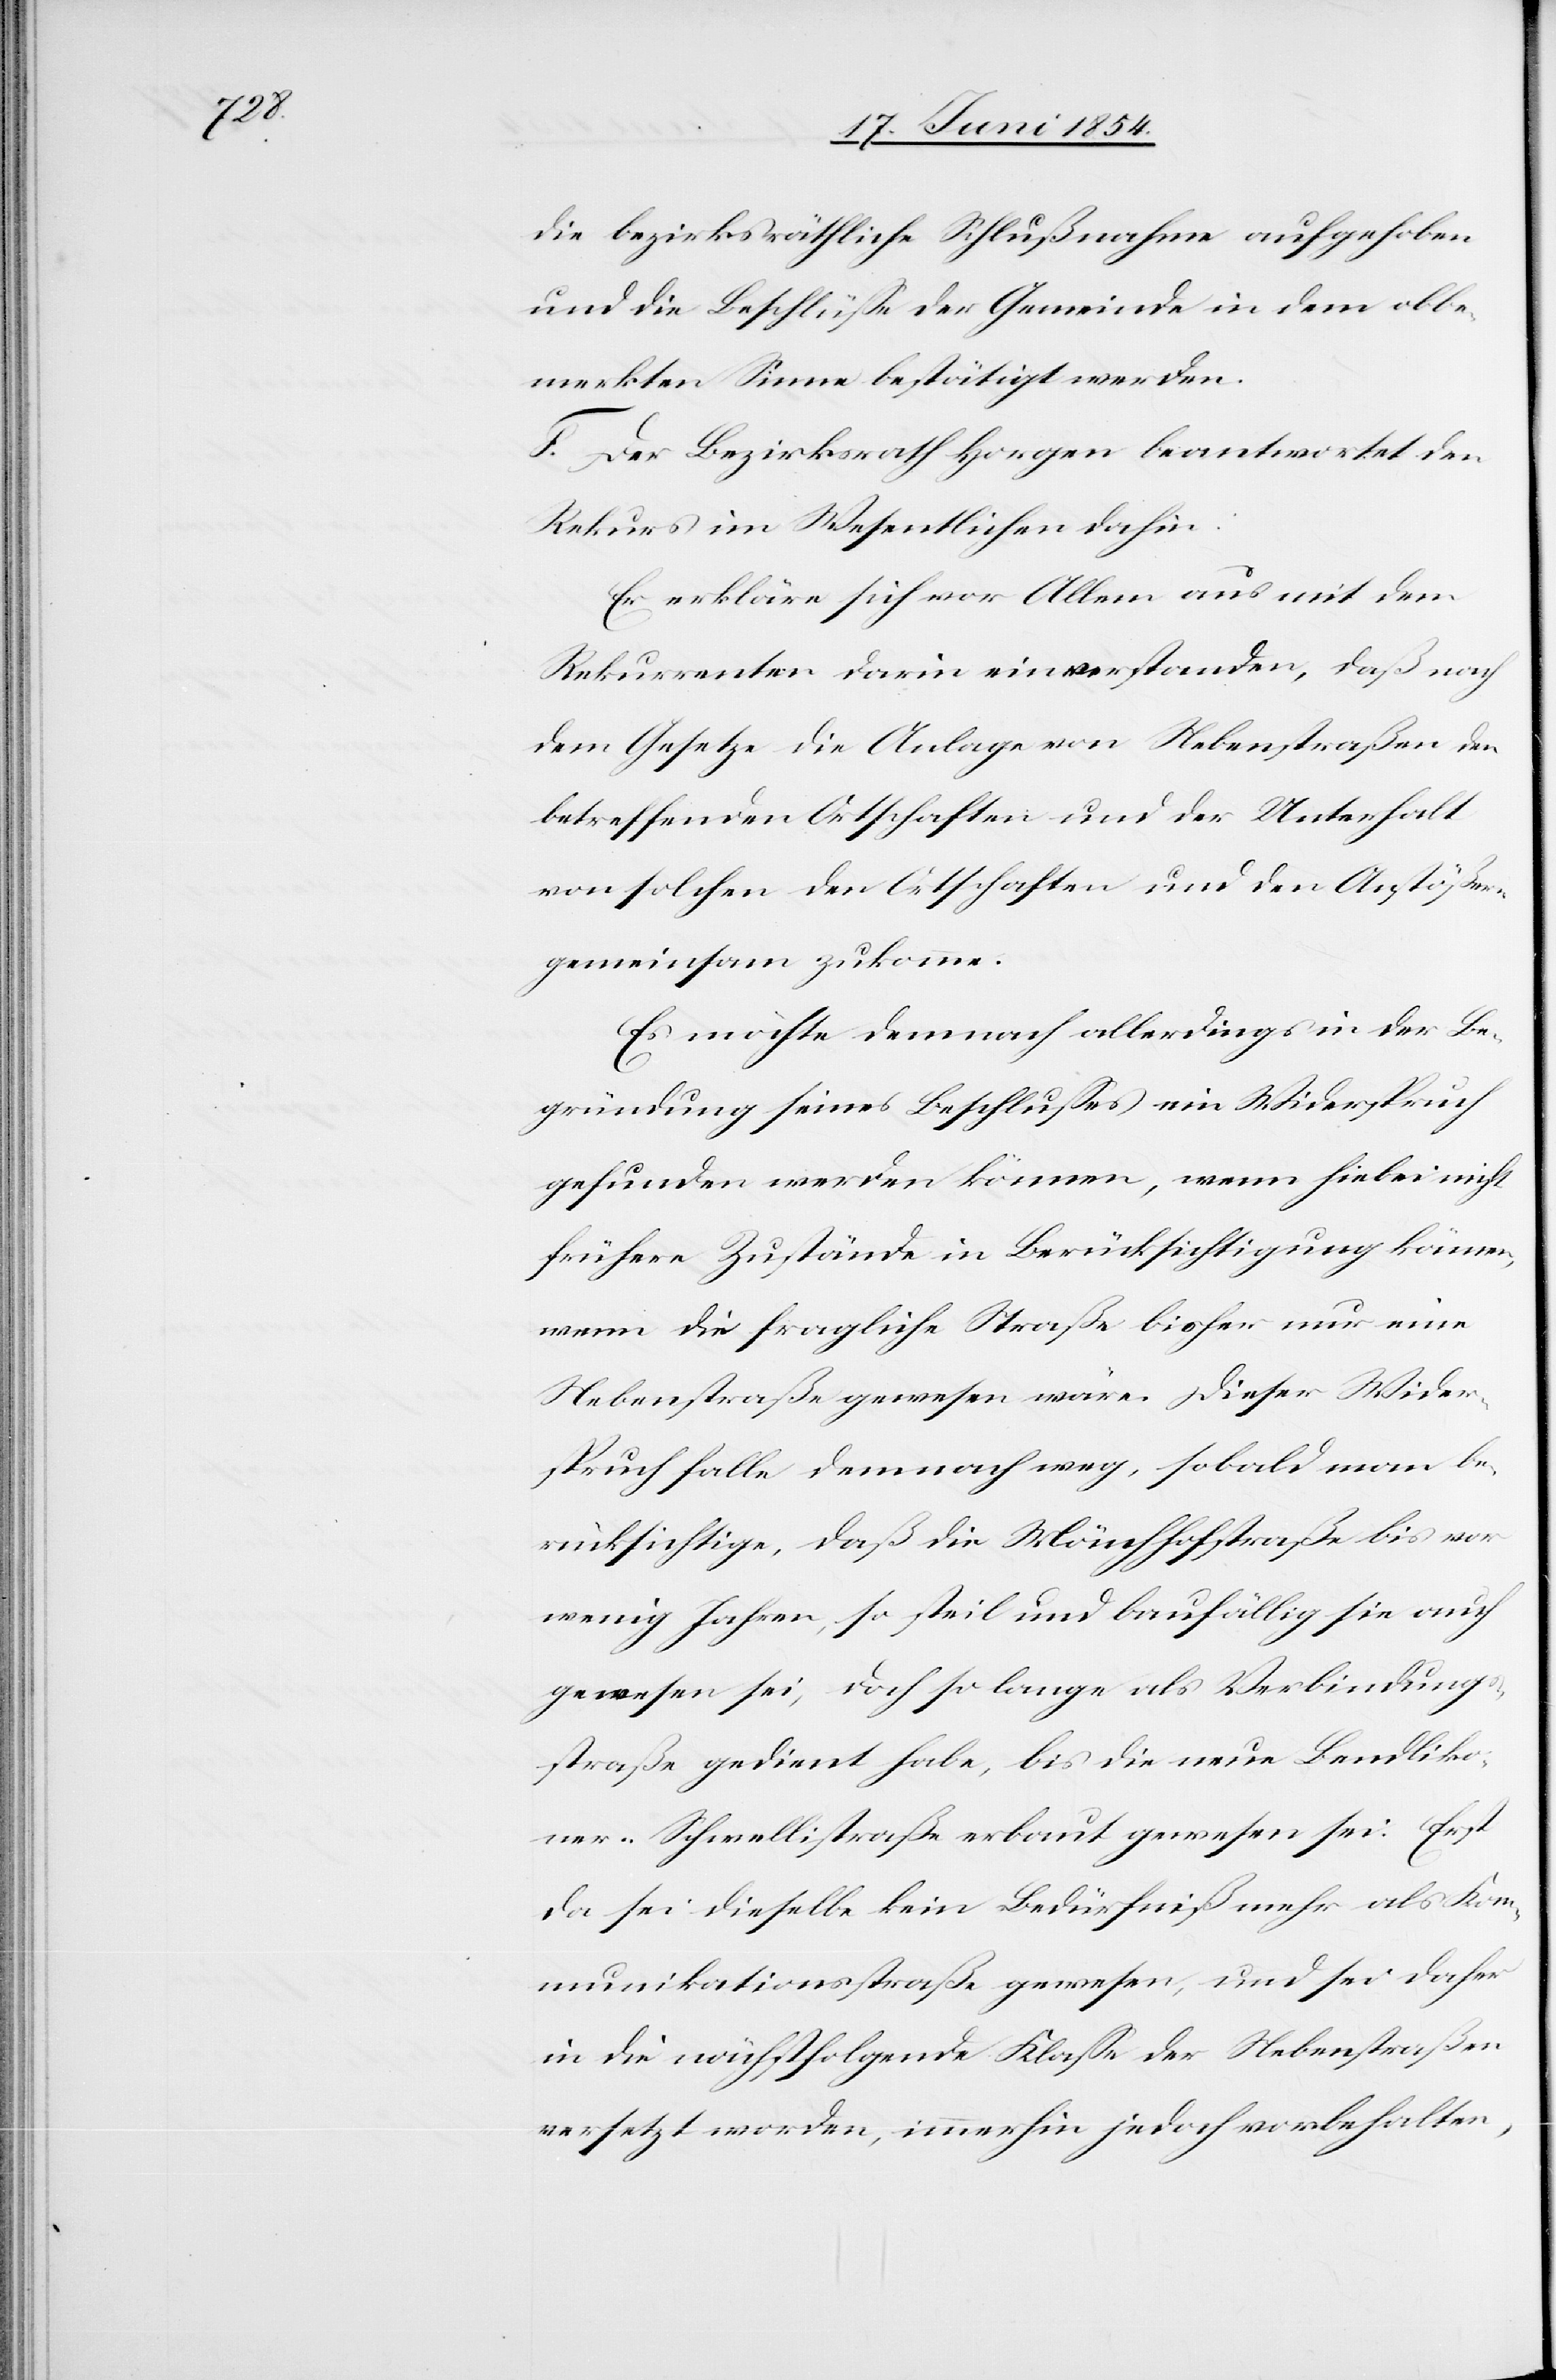
die bezirksräthliche Schlußnahme aufgehoben
und die Beschlüße der Gemeinde in dem obbe¬
merkten Sinne bestätigt werden.
F. Der Bezirksrath Horgen beantwortet den
Rekurs im Wesentlichen dahin:
Er erkläre sich vor Allem aus mit dem
Rekurrenten darin einverstanden, daß nach
dem Gesetze die Anlage von Nebenstraßen den
betreffenden Ortschaften und der Unterhalt
von solchen den Ortschaften und den Anstößern
gemeinsam zukomme.
Es möchte dennoch allerdings in der Be¬
gründung seines Beschlußes ein Widerspruch
gefunden werden könne, wenn hiebei nicht
frühere Zustände in Berücksichtigung kämen,
wenn die fragliche Straße bisher nur eine
Nebenstraße gewesen wäre. Dieser Wider¬
spruch falle demnach weg, sobald man be¬
rücksichtige, daß die Mönchhofstraße bis vor
wenig Jahren, so steil und baufällig sie auch
gewesen sei, doch so lange als Verbindung¬
sstraße gedient habe, bis die neue Bendliko¬
ner-Schwellistraße erbaut gewesen sei. Erst
da sei dieselbe kein Bedürfniß mehr als Kom¬
munikationsstraße gewesen, und sei daher
in die nächstfolgende Klaße der Nebenstraßen
versetzt worden, immerhin jedoch vorbehalten,